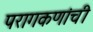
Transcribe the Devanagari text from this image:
परागकणांची